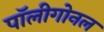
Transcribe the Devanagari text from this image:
पॉलीगोनल